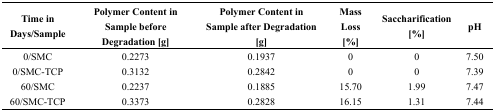
<table><thead><tr><td><b>Time in Days/Sample</b></td><td><b>Polymer Content in Sample before Degradation [g]</b></td><td><b>Polymer Content in Sample after Degradation [g]</b></td><td><b>Mass Loss [%]</b></td><td><b>Saccharification [%]</b></td><td><b>pH</b></td></tr></thead><tbody><tr><td>0/SMC</td><td>0.2273</td><td>0.1937</td><td>0</td><td>0</td><td>7.50</td></tr><tr><td>0/SMC-TCP</td><td>0.3132</td><td>0.2842</td><td>0</td><td>0</td><td>7.39</td></tr><tr><td>60/SMC</td><td>0.2237</td><td>0.1885</td><td>15.70</td><td>1.99</td><td>7.47</td></tr><tr><td>60/SMC-TCP</td><td>0.3373</td><td>0.2828</td><td>16.15</td><td>1.31</td><td>7.44</td></tr></tbody></table>